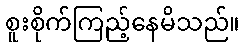
စူးစိုက်ကြည့်နေမိသည်။